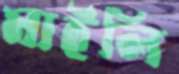
মাইলি